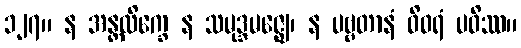
၁၂၇။ န အန္တလိက္ခေ န သမုဒ္ဒမဇ္ဈေ၊ န ပဗ္ဗတာနံ ဝိဝရံ ပဝိဿ။